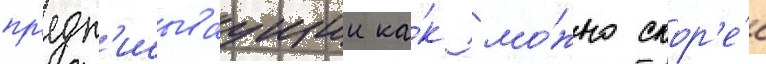
пр'едп'исываущии ка́к мо́жно скор'е́е